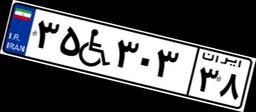
۳۵W۳۰۳۳۸